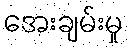
အေးချမ်းမှု